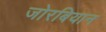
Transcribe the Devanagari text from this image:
जोरबियान